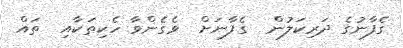
ގެފާނުގެ ދަރިކަލުން  ގެފާނަށް  ވެގެންވާ ހެކިތަކާއި  ތައް